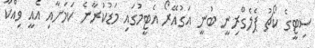
ސިޓީގެ ކޯޗު ޕެލެގްރިނީ ބުނީ އަގުއޭރޯ އެޓީމުގައި މަޑުކުރާނެ ކަމަށާއި އެއީ ވިއްކާ